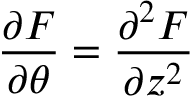
\frac { \partial F } { \partial \theta } = \frac { \partial ^ { 2 } F } { \partial z ^ { 2 } }